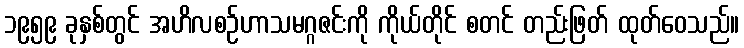
၁၉၅၉ ခုနှစ်တွင် အဟိလစဉ်ဟာသမဂ္ဂဇင်းကို ကိုယ်တိုင် စတင် တည်းဖြတ် ထုတ်ဝေသည်။